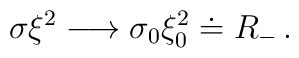
\sigma \xi^2 \longrightarrow \sigma_0 \xi_0^2 \doteq R_-\,.